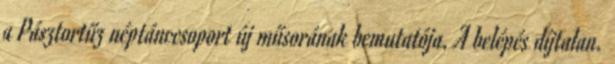
a Pásztortűz néptánccsoport új műsorának bemutatója. A belépés díjtalan.